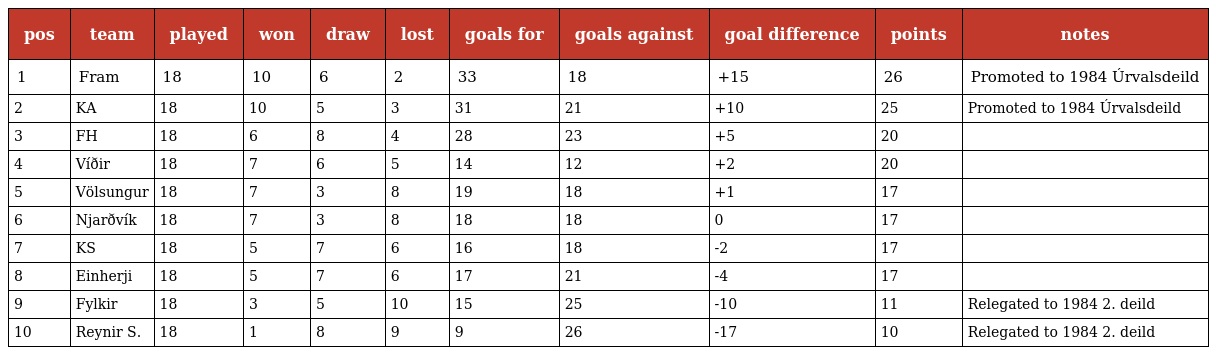
| pos | team | played | won | draw | lost | goals for | goals against | goal difference | points | notes |
 | --- | --- | --- | --- | --- | --- | --- | --- | --- | --- | --- |
 | 1 | Fram | 18 | 10 | 6 | 2 | 33 | 18 | +15 | 26 | Promoted to 1984 Úrvalsdeild |
 | 2 | KA | 18 | 10 | 5 | 3 | 31 | 21 | +10 | 25 | Promoted to 1984 Úrvalsdeild |
 | 3 | FH | 18 | 6 | 8 | 4 | 28 | 23 | +5 | 20 |  |
 | 4 | Víðir | 18 | 7 | 6 | 5 | 14 | 12 | +2 | 20 |  |
 | 5 | Völsungur | 18 | 7 | 3 | 8 | 19 | 18 | +1 | 17 |  |
 | 6 | Njarðvík | 18 | 7 | 3 | 8 | 18 | 18 | 0 | 17 |  |
 | 7 | KS | 18 | 5 | 7 | 6 | 16 | 18 | -2 | 17 |  |
 | 8 | Einherji | 18 | 5 | 7 | 6 | 17 | 21 | -4 | 17 |  |
 | 9 | Fylkir | 18 | 3 | 5 | 10 | 15 | 25 | -10 | 11 | Relegated to 1984 2. deild |
 | 10 | Reynir S. | 18 | 1 | 8 | 9 | 9 | 26 | -17 | 10 | Relegated to 1984 2. deild |